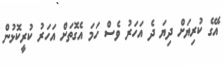
އޭގެ ކުރިޔަށް ދިޔަ ދެ އަހަރު ވެސް ހަމަ އެގޮތަށް އަހަރު ކުރީކޮޅުން